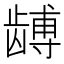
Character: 𬺏